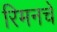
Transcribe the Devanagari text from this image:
रिमनचे